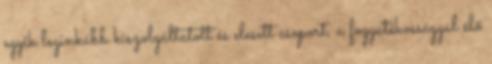
egyik leginkább kiszolgáltatott és elesett csoport, a fogyatékossággal élő